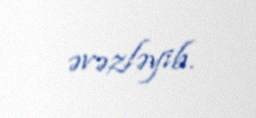
əvəzləyib.